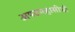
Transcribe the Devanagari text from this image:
अषटमहासीधी